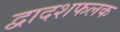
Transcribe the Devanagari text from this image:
द्वादशफलक